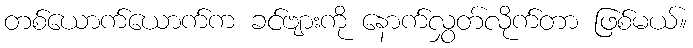
တစ်ယောက်ယောက်က ခင်ဗျားကို နောက်လွှတ်လိုက်တာ ဖြစ်မယ်။